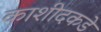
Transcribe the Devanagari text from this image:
काशीदकडे